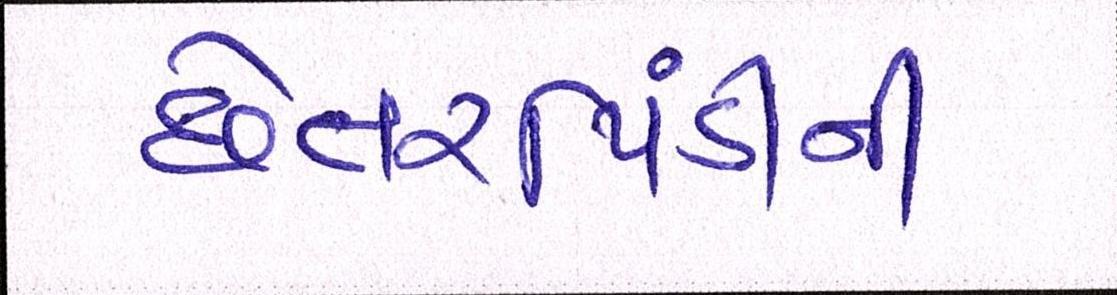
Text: છેતરપિંડીની